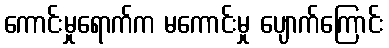
ကောင်းမှုရောက်က မကောင်းမှု ပျောက်ကြောင်း